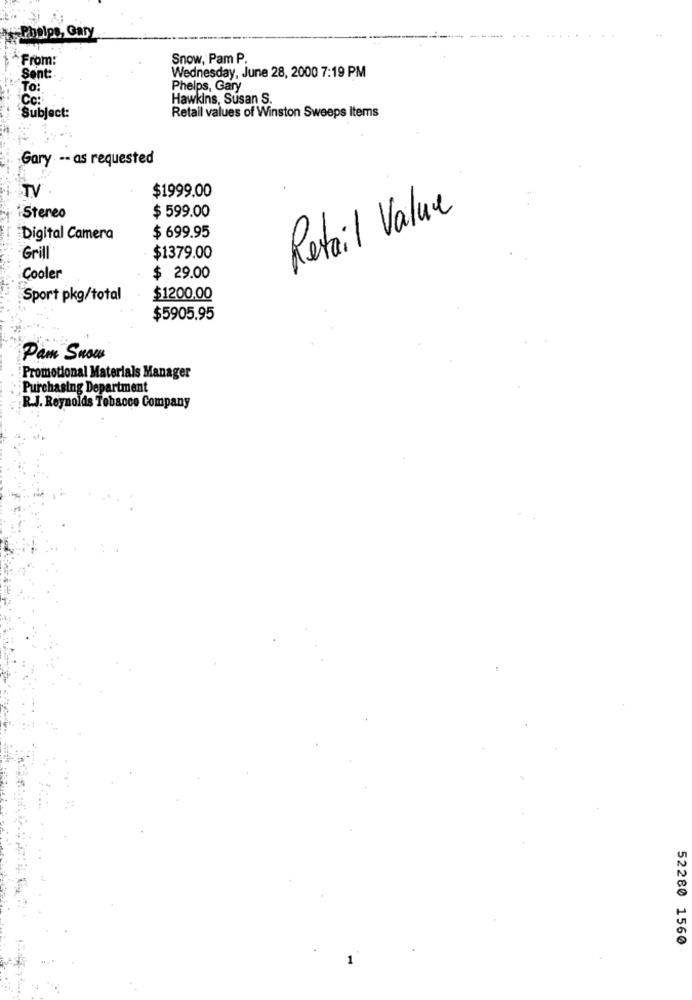
Phelps, Gary
From:
Snow, Pam P.
Sent:
Wednesday, June 28, 2000 7:19 PM
To:
Phelps, Gary
Hawkins, Susan S.
Subject:
Retail values of Winston Sweeps items
Gary -- as requested
TV
$1999.00
iStereo
$ 599.00
Retail Value
Digital Camera
$ 699.95
Grill
$1379.00
Cooler
$ 29.00
Sport pkg/total
$1200.00
$5905.95
Pam Snow
Promotional Materials Manager
Purchasing Department
R.J. Reynolds Tobacco Company
52280 1560